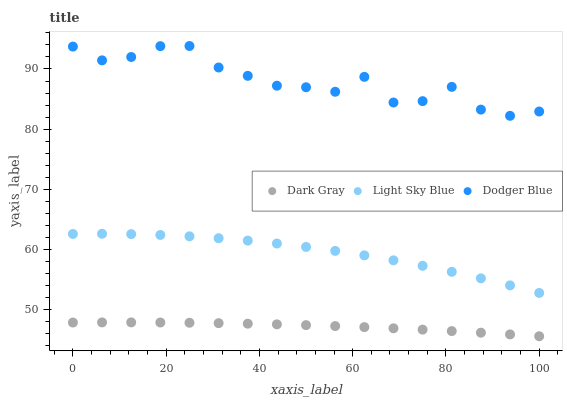
| xaxis_label | Dark Gray | Light Sky Blue | Dodger Blue |
 | --- | --- | --- | --- |
 | 0 | 47.8 | 62.6 | 93.7 |
 | 6.25 | 47.9 | 62.6 | 91.4 |
 | 12.5 | 47.9 | 62.5 | 92 |
 | 18.8 | 47.9 | 62.4 | 93.8 |
 | 25 | 47.8 | 62.2 | 93.8 |
 | 31.2 | 47.7 | 61.9 | 90.2 |
 | 37.5 | 47.7 | 61.5 | 88.9 |
 | 43.8 | 47.5 | 61 | 87.2 |
 | 50 | 47.4 | 60.4 | 87 |
 | 56.2 | 47.3 | 59.8 | 86.2 |
 | 62.5 | 47.1 | 59 | 88.7 |
 | 68.8 | 46.9 | 58.2 | 84.4 |
 | 75 | 46.7 | 57.3 | 84.7 |
 | 81.2 | 46.4 | 56.3 | 87 |
 | 87.5 | 46.2 | 55.2 | 83.2 |
 | 93.8 | 45.9 | 54 | 82.2 |
 | 100 | 45.6 | 52.8 | 82.9 |